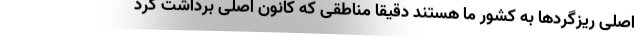
اصلی ریزگردها به کشور ما هستند دقیقا مناطقی که کانون اصلی برداشت گرد